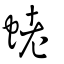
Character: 蛯